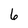
Character: 6